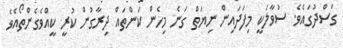
ގަސްދުގައެވެ. ސުވާލަކީ މިފަދައިން ނިޔަތް ގަނެ މިހެން ކަންތައް ދިރާގުން ކުރީ ކީއްވެގެންތޯއެވެ